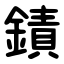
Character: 䥊